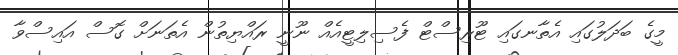
މީގެ ބަދަލުގައި އެތާނގައި ޓޫރިސްޓް ފެސިލިޓީއެއް ނޫނީ ރައްޔިތުން އެތަނަށް ގޮސް އައިސްވާ